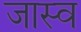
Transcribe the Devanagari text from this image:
जास्व